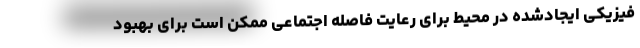
فیزیکی ایجادشده در محیط برای رعایت فاصله اجتماعی ممکن است برای بهبود